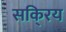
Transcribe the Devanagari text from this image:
सकि्रय